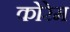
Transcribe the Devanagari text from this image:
कोरेम